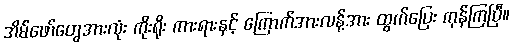
အိမ်ဖော်တွေအားလုံး ကိုးရိုး ကားရားနှင့် ကြောက်အားလန့်အား ထွက်ပြေး ကုန်ကြပြီ။